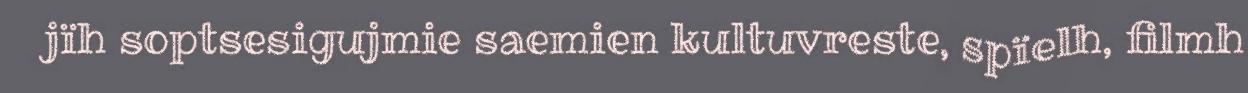
jïh soptsesigujmie saemien kultuvreste, spïelh, filmh